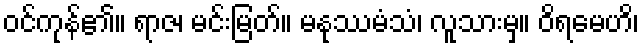
ဝင်ကုန်၏။ ရာဇ၊ မင်းမြတ်။ မနုဿမံသံ၊ လူသားမှ။ ဝိရမေဟိ၊